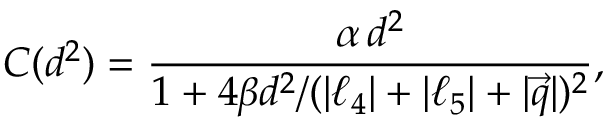
C ( d ^ { 2 } ) = { \frac { \alpha \, d ^ { 2 } } { 1 + 4 \beta d ^ { 2 } / ( | \ell _ { 4 } | + | \ell _ { 5 } | + | \vec { q } | ) ^ { 2 } } } ,